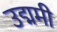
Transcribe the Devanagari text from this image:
उद्ममी